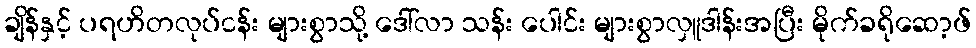
ချိန်နှင့် ပရဟိတလုပ်ငန်း များစွာသို့ ဒေါ်လာ သန်း ပေါင်း များစွာလှူဒါန်းအပြီး မိုက်ခရိုဆော့ဖ်